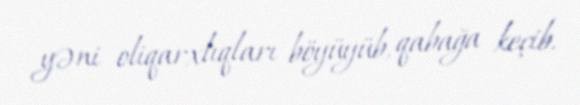
yəni oliqarxlıqları böyüyüb, qabağa keçib.